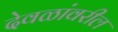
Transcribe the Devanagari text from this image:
देवळांवरील